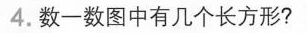
4.数一数图中有几个长方形?